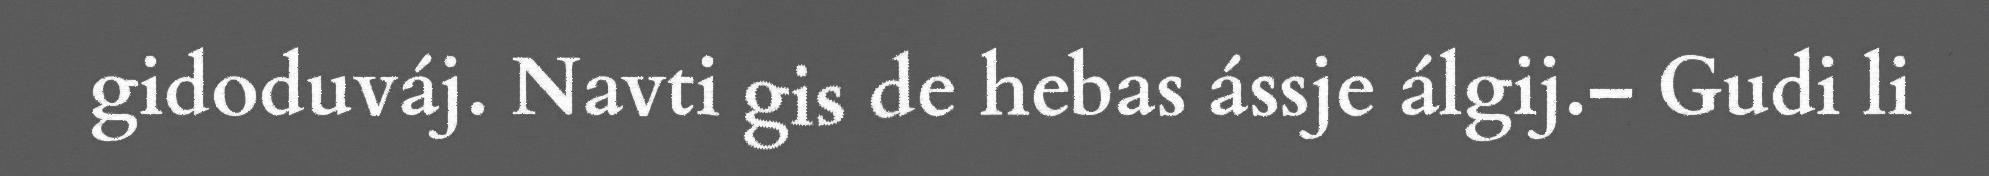
gidoduváj. Navti gis de hebas ássje álgij.– Gudi li